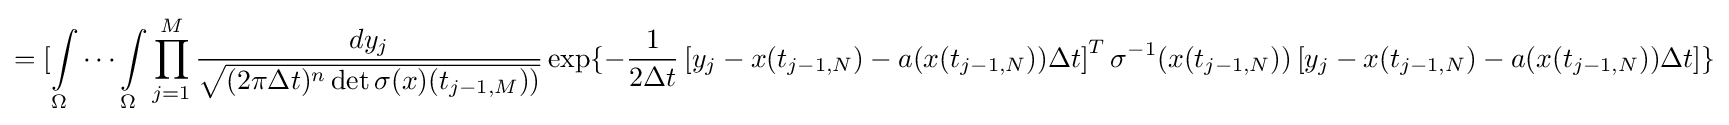
=[\int \limits _{\Omega }\cdots \int \limits \limits _{\Omega }\prod _{j=1}^{M}{\frac {d{y}_{j}}{\sqrt {(2\pi \Delta t)^{n}\det {\sigma }(x)(t_{j-1,M}))}}}\exp\{-{\frac {1}{2\Delta t}}\left[{y}_{j}-x(t_{j-1,N})-{a}({x}(t_{j-1,N}))\Delta t\right]^{T}{\sigma }^{-1}(x(t_{j-1,N}))\left[{y}_{j}-x(t_{j-1,N})-{a}(x(t_{j-1,N}))\Delta t\right]\}